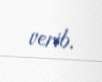
verib.